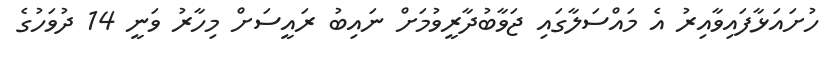
ހުށައަޅާފައިވާއިރު އެ މައްސަލާގައި ޖަވާބުދާރީވުމަށް ނައިބު ރައީސަށް މިހާރު ވަނީ 14 ދުވަހުގެ